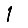
Digit: 1